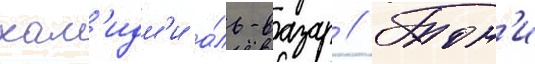
хам'идм'и а́ль-вазар // Тон'и